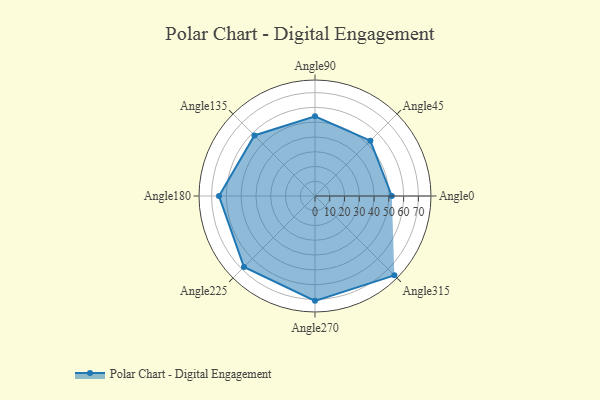
{"axis": {"x": "Angle", "y": "Radius"}, "legend": [""], "data": [{"x": "Angle0", "y": 52.0, "type": ""}, {"x": "Angle45", "y": 53.0, "type": ""}, {"x": "Angle90", "y": 54.0, "type": ""}, {"x": "Angle135", "y": 58.0, "type": ""}, {"x": "Angle180", "y": 65.0, "type": ""}, {"x": "Angle225", "y": 68.0, "type": ""}, {"x": "Angle270", "y": 71.0, "type": ""}, {"x": "Angle315", "y": 76.0, "type": ""}]}